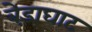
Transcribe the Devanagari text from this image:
बेड़ाघाट